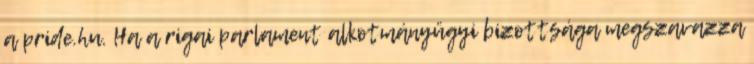
a pride.hu. Ha a rigai parlament alkotmányügyi bizottsága megszavazza